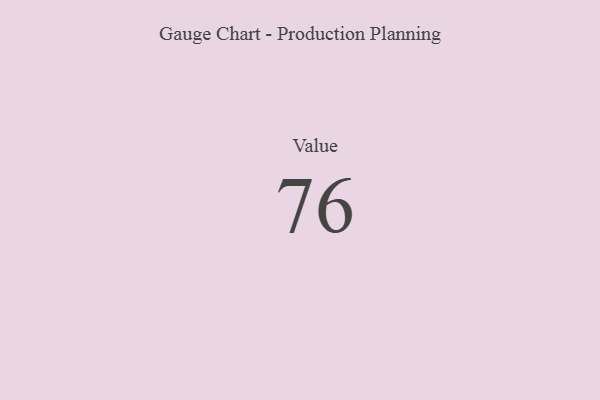
{"axis": {"x": "Metric", "y": "Value"}, "legend": [""], "data": [{"x": "Value", "y": 76, "type": ""}]}